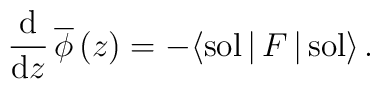
\frac{{\rm d}}{{\rm d} z}\, {\overline \phi}\, (z) = -\langle {\rm sol}\, |\,  F \,|\, {\rm sol}\rangle\, .